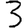
Digit: 3